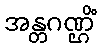
အန္တဂဏ္ဌိံ